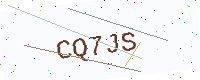
Text: CQ7JS